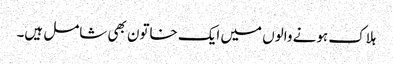
ہلاک ہونے والوں میں ایک خاتون بھی شامل ہیں۔